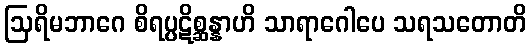
ဩရိမဘာဂေ စိရပ္ပဋိစ္ဆန္နာဟိ သာရာဂေါပေ သရသတောတိ